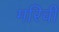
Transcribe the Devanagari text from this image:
मरिची